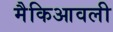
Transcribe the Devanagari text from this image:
मैकिआवली